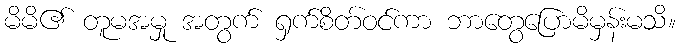
မိမိ၏ တူမအမှု အတွက် ရှက်စိတ်ဝင်ကာ ဘာတွေပြောမိမှန်းမသိ။